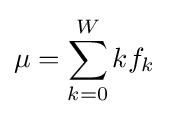
\mu =\sum _{k=0}^{W}kf_{k}